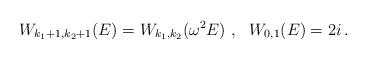
LaTeX: \begin{align*}W_{k_1+1,k_2+1}(E)=W_{k_1,k_2}(\omega^2E)~,~~ W_{0,1}(E)=2i\,.\end{align*}